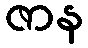
ဇာန